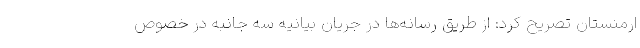
ارمنستان تصریح کرد: از طریق رسانه‌ها در جریان بیانیه سه جانبه در خصوص